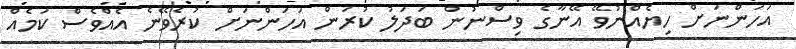
އަހަންނަށް ހިޔެއްނުވޭ އޭނާގެ ވިސްނުން ބަދަލު ކުރަން އަހަންނަށް ކުރެވޭނެ އެއްވެސް ކަމެއް